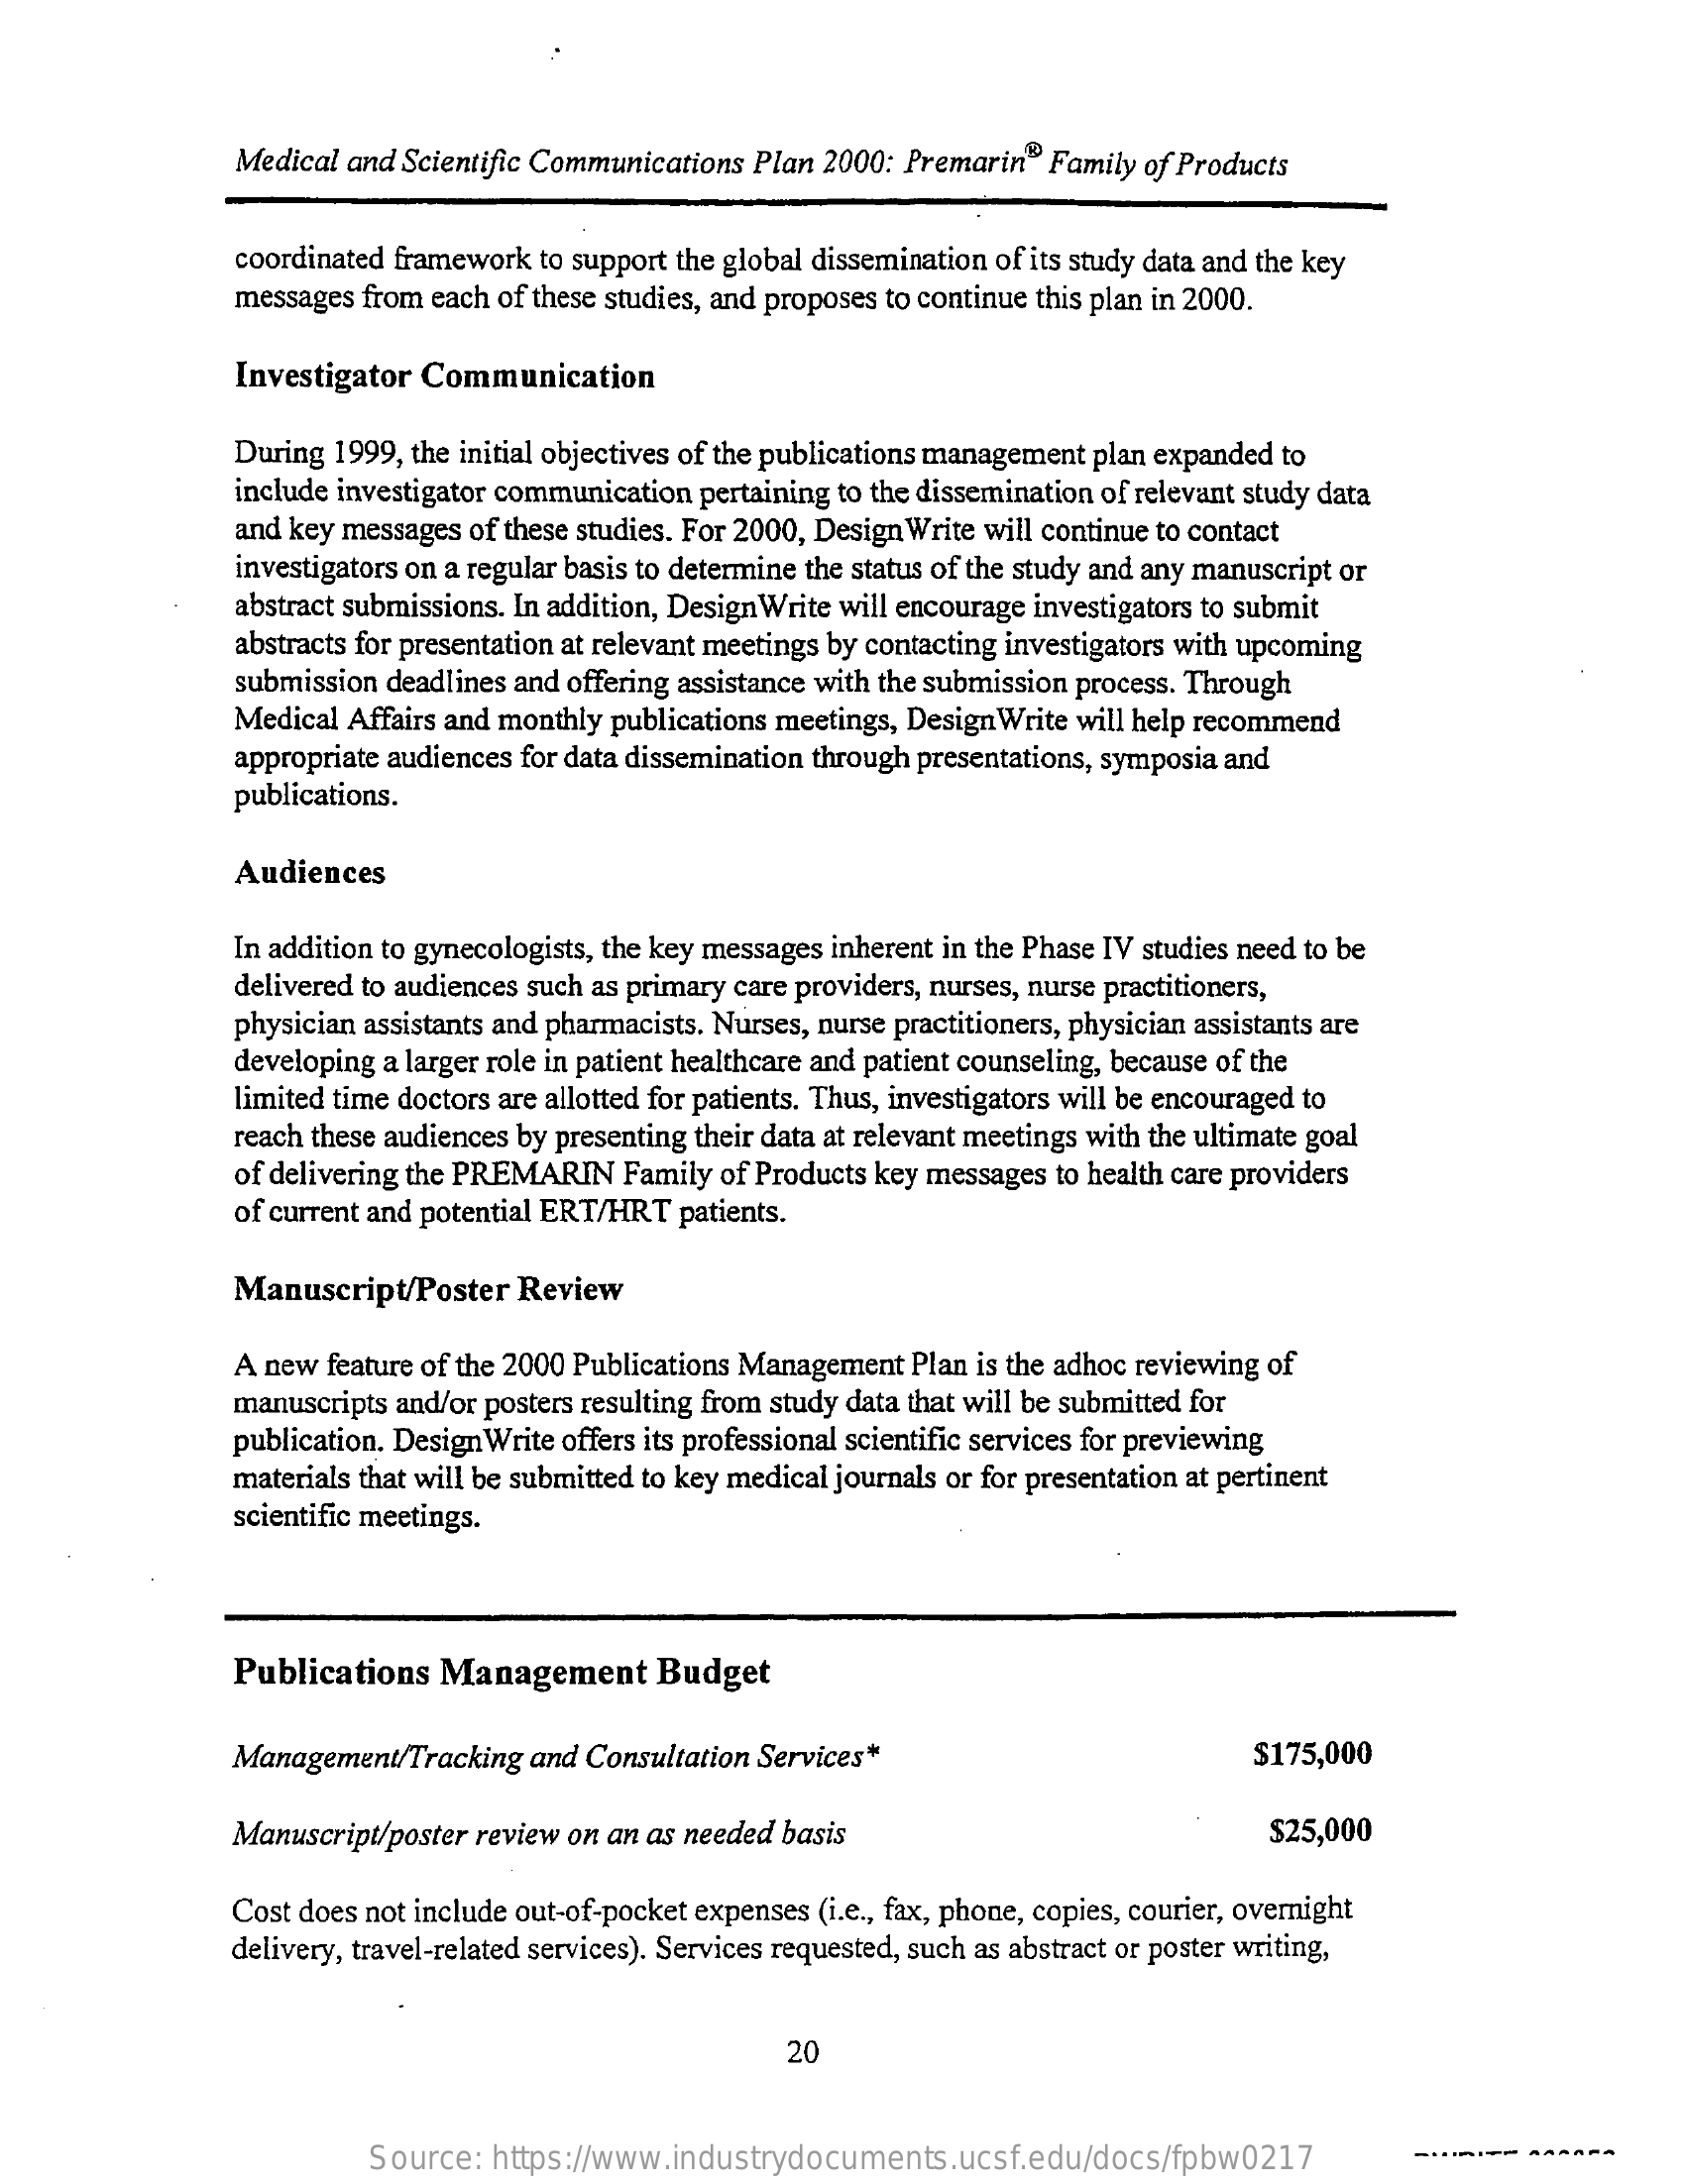
Medical and Scientific Communications Plan 2000: Premarin “ Family of Products
     coordinated framework to support the global dissemination of its study data and the key
     messages from each of these studies, and proposes to continue this plan in 2000.
     Investigator  Communication
     During 1999, the initial objectives of the publications management plan expanded to
     include investigator communication pertaining to the dissemination of relevant study data
     and key messages of these studies. For 2000, Design Write will continue to contact
     investigators on a regular basis to determine the status of the study and any manuscript or
     abstract submissions. In addition, DesignWrite will encourage investigators to submit
     abstracts for presentation at relevant meetings by contacting investigators with upcoming
     submission deadlines and offering assistance with the submission process. Through
     Medical Affairs and monthly publications meetings, Design Write will help recommend
     appropriate audiences for data dissemination through presentations, symposia and
     publications.
     Audiences
     In addition to gynecologists, the key messages inherent in the Phase IV studies need to be
     delivered to audiences such as primary care providers, nurses, nurse practitioners,
     physician assistants and pharmacists. Nurses, nurse practitioners, physician assistants are
     developing a larger role in patient healthcare and patient counseling, because of the
     limited time doctors are allotted for patients. Thus, investigators will be encouraged to
     reach these audiences by presenting their data at relevant meetings with the ultimate goal
     of delivering the PREMARIN  Family of Products key messages to health care providers
     of current and potential ERT/HRT patients.
     Manuscript/Poster   Review
     A new  feature of the 2000 Publications Management Plan is the adhoc reviewing of
     manuscripts and/or posters resulting from study data that will be submitted for
     publication. Design Write offers its professional scientific services for previewing
     materials that will be submitted to key medical journals or for presentation at pertinent
     scientific meetings.
     Publications   Management    Budget
     Management/Tracking  and  Consultation Services*    $175,000
     Manuscript/poster review on an as needed basis    $25,000
     Cost does not include out-of-pocket expenses (i.e ., fax, phone, copies, courier, overnight
     delivery, travel-related services). Services requested, such as abstract or poster writing,
     20
     Source:  https://www.industrydocuments.ucsf.edu/docs/fpbw0217